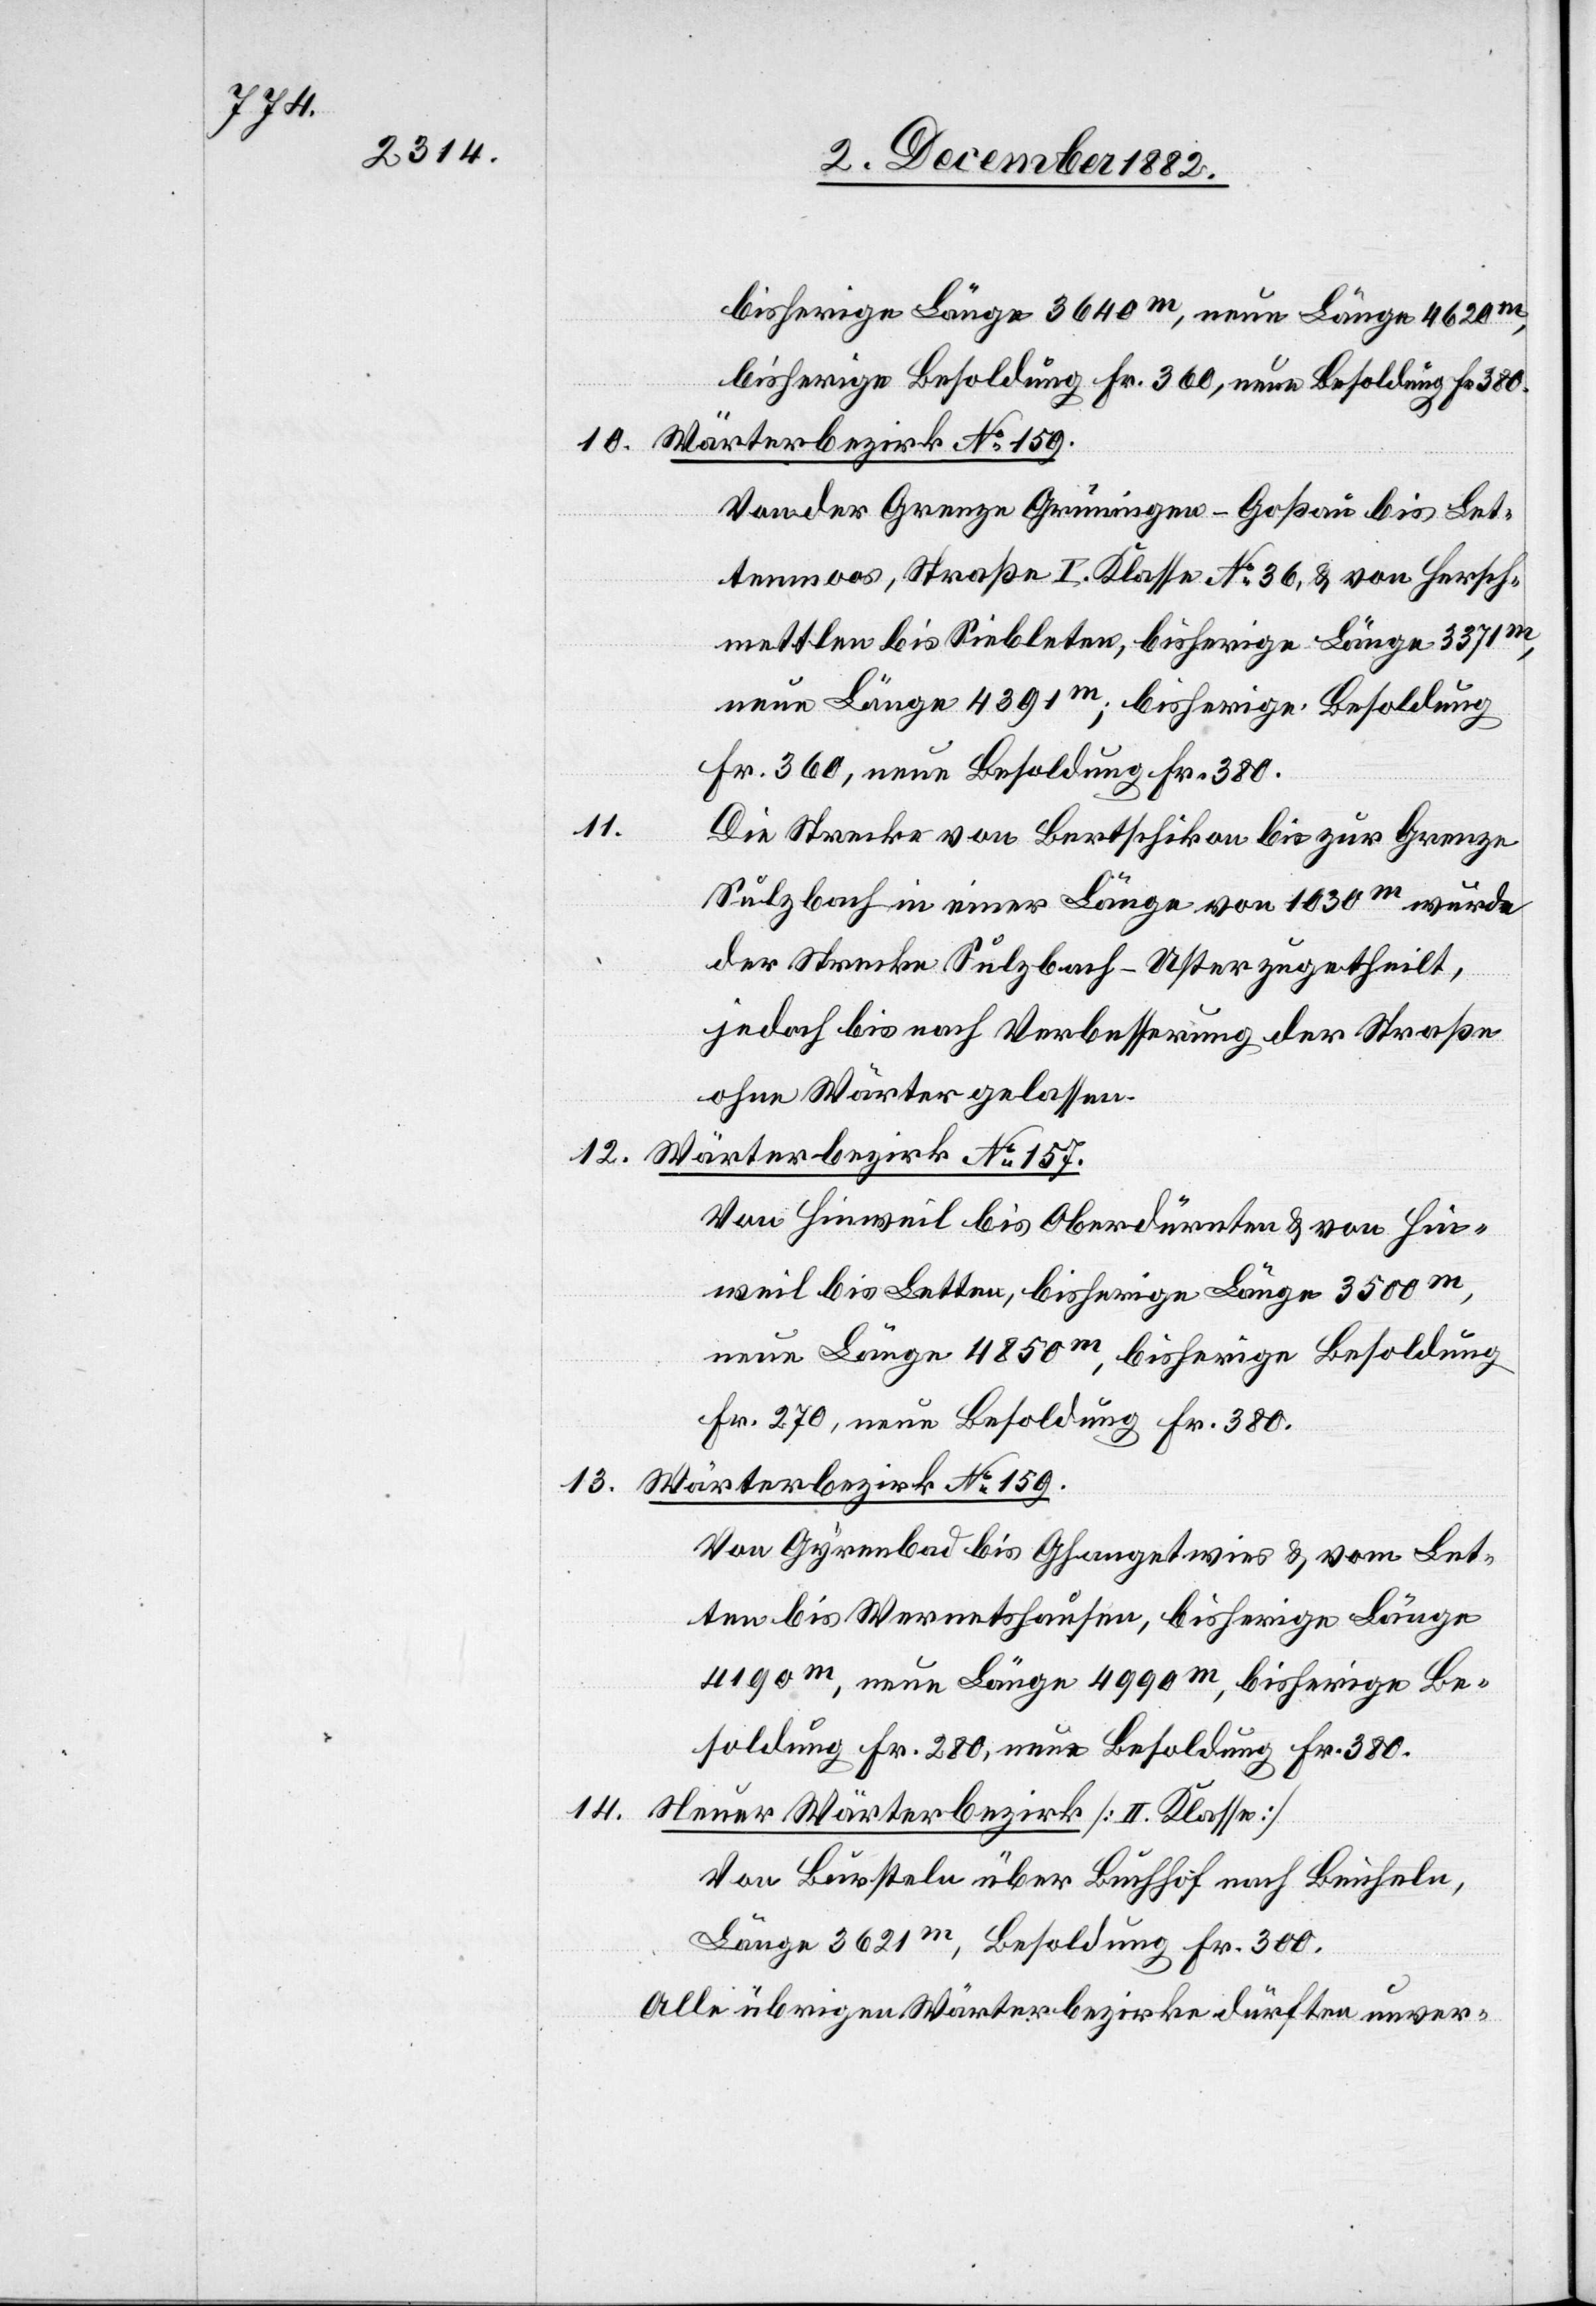
bisherige Länge 3640m, neue Länge 4620m,
bisherige Besoldung Fr. 360, neue Besoldung Fr. 380.
10. Wärterbezirk No 159.
Von der Grenze Grüningen - Goßau bis Let¬
tenmoos, Straße I. Klasse No 36, & von Hersch¬
mettlen bis Siebleten [sic!], bisherige Länge 3371m,
neue Länge 4391m; bisherige Besoldung
Fr. 360, neue Besoldung Fr. 380.
11.
Die Strecke von Bertschikon bis zur Grenze
Sulzbach in einer Länge von 1030m wurde
der Strecke Sulzbach–Uster zugetheilt,
jedoch bis nach Verbesserung der Straße
ohne Wärter gelassen.
12. Wärterbezirk No 157.
Von Hinweil bis Oberdürnten & von Hin¬
weil bis Letten, bisherige Länge 3500m,
neue Länge 4850m, bisherige Besoldung
Fr. 270, neue Besoldung Fr. 380.
13.
Wärterbezirk No 159.
Von Gyrenbad bis Ghangetwies & vom Let¬
ten bis Wermetshausen, bisherige Länge
4190m, neue Länge 4990m, bisherige Be¬
soldung Fr. 280, neue Besoldung Fr. 380.
14.
Neuer Wärterbezirk [II. Klasse]
Von Bursteln über Buchhof nach Beicheln,
Länge 3621m, Besoldung Fr. 300.
Alle übrigen Wärterbezirke dürften unver-